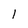
Character: l